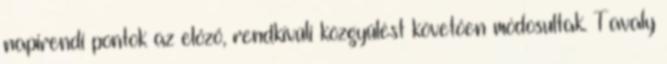
napirendi pontok az előző, rendkívüli közgyűlést követően módosultak. Tavaly